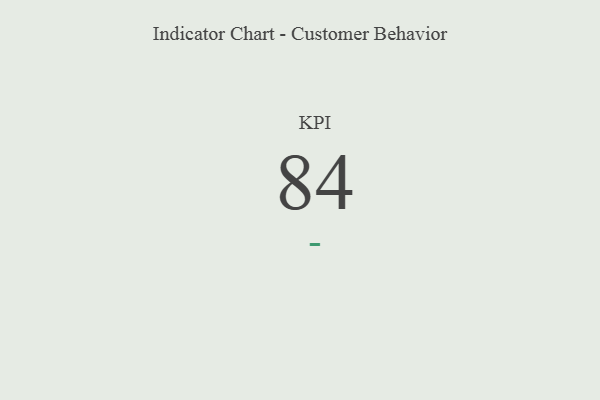
{"axis": {"x": "KPI", "y": "Value"}, "legend": [""], "data": [{"x": "KPI", "y": 84, "type": ""}]}